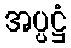
အပ္ပဋ္ဌံ